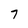
Character: 7